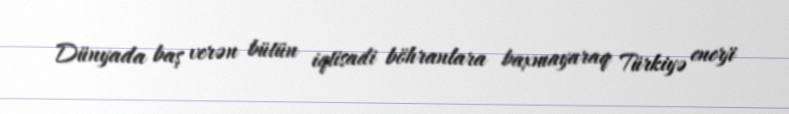
Dünyada baş verən bütün iqtisadi böhranlara baxmayaraq Türkiyə enerji